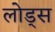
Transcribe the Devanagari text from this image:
लोड्स